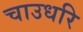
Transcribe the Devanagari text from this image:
चाउधरि